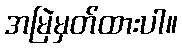
အမြဲမှတ်ထားပါ။